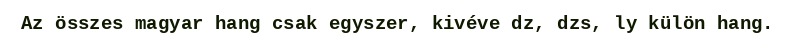
Az összes magyar hang csak egyszer, kivéve dz, dzs, ly külön hang.